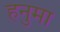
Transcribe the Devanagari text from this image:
हनुमा